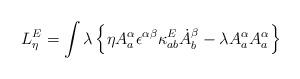
LaTeX: \begin{align*}L_\eta^E =\int \lambda\left\{\eta A^\alpha_a \epsilon^{\alpha\beta}\kappa_{ab}^E\dot{A}^\beta_b- \lambda A_a^\alpha A_a^\alpha\right\}\end{align*}